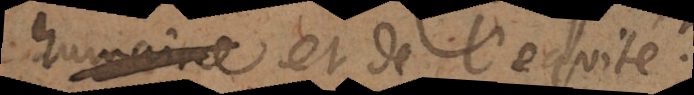
humaine et de l’equité.